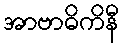
အာဗာဓိကိနီ